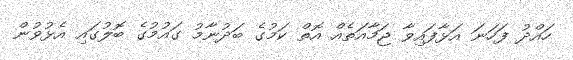
ހައްދު ފަހަނަ އަޅާފައިވާ ޖަމާއަތެއް އޮތް ކަމުގެ ބަދުނާމު ގައުމުގެ ބޮލުގައި އެޅުވުން